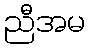
ညီအမ